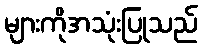
များကိုအသုံးပြုသည်